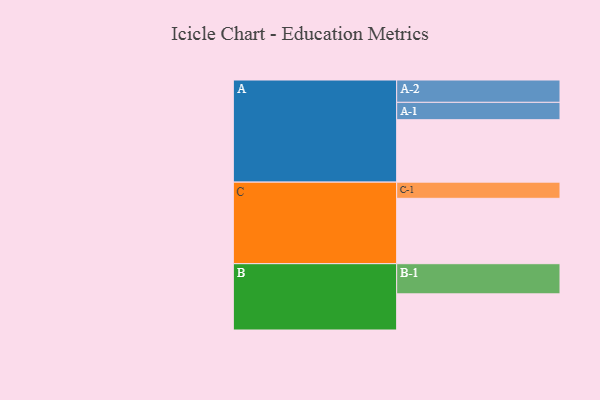
{"axis": {"x": "Segment", "y": "Value"}, "legend": ["", "A", "B", "C"], "data": [{"x": "A", "y": 528, "type": ""}, {"x": "B", "y": 306, "type": ""}, {"x": "C", "y": 553, "type": ""}, {"x": "A-1", "y": 147, "type": "A"}, {"x": "A-2", "y": 189, "type": "A"}, {"x": "B-1", "y": 255, "type": "B"}, {"x": "C-1", "y": 137, "type": "C"}]}